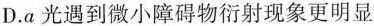
D.a光遇到微小障碍物衍射现象更明显